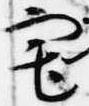
宅